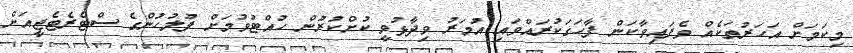
މިކަމަށް އަހަރުތަކެއް ވެފައިވާކަން ފާހަގަކުރައްވައި އުމަރު ވިދާޅުވީ ކުށްކުރުން ހުއްޓުވުމަށް ފުލުހުންގެ ސްޓެރެޓެޖީއަށް